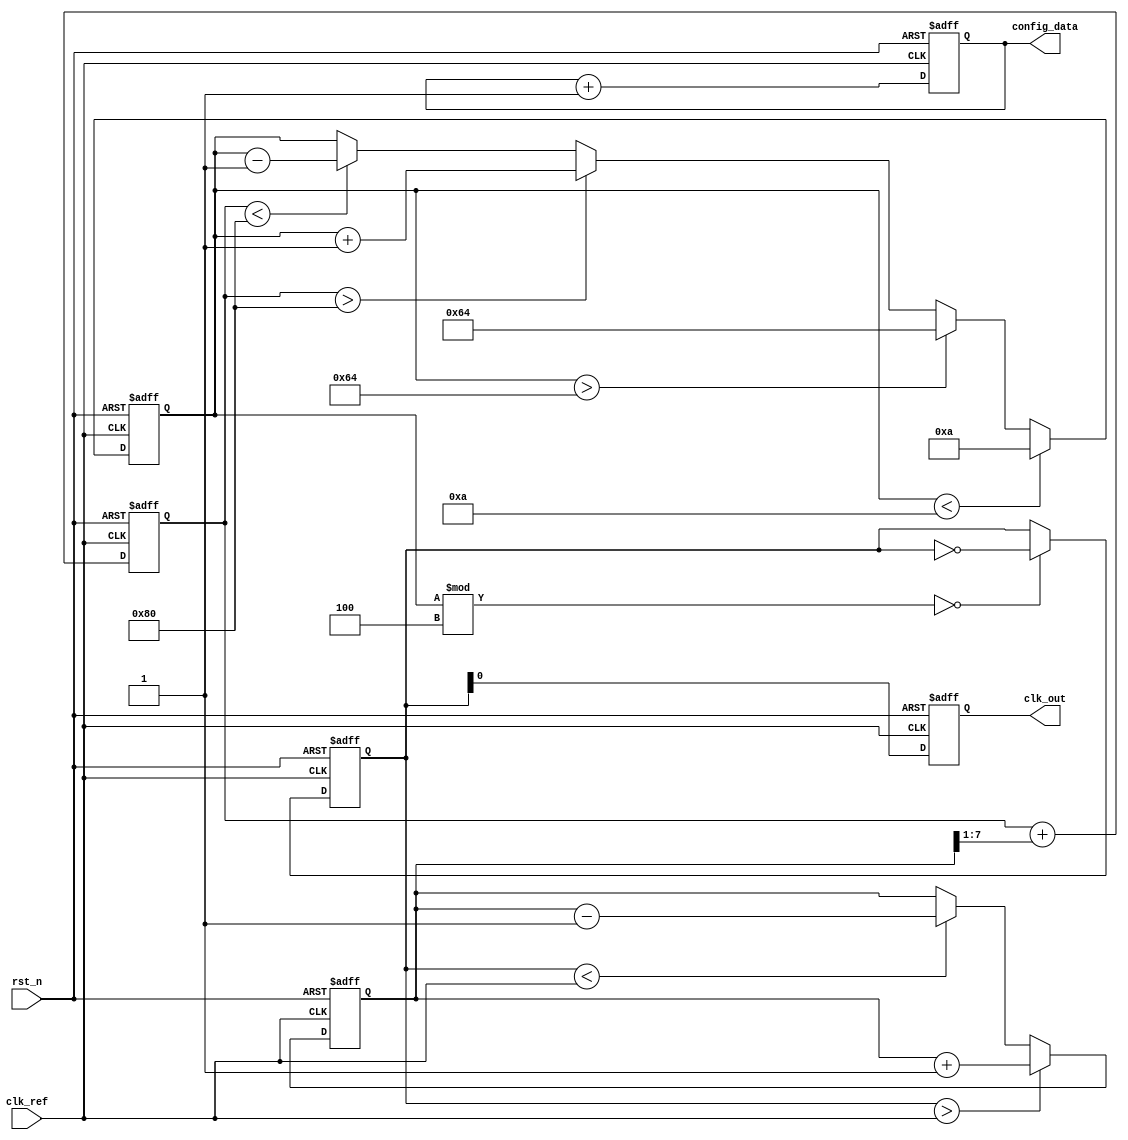
module pll (
    input wire clk_ref,           // Reference clock input
    input wire rst_n,            // Active low reset
    output reg clk_out,          // Output clock
    output reg [7:0] config_data // Configuration data for memory blocks
);

// Parameters
parameter DIV_RATIO = 4;       // Division ratio for feedback
parameter VCO_MAX_FREQ = 100;  // Max frequency for VCO
parameter VCO_MIN_FREQ = 10;    // Min frequency for VCO

// Internal signals
reg [7:0] phase_error;          // Phase error signal
reg [7:0] control_voltage;       // Control voltage for VCO
reg [7:0] vco_freq;             // Current VCO frequency
reg [7:0] feedback_clk;         // Feedback clock signal
reg [3:0] state;                // State machine for PLL operation

// Phase Detector
always @(posedge clk_ref or negedge rst_n) begin
    if (!rst_n) begin
        phase_error <= 0;
    end else begin
        // Simple phase detector logic (for illustration)
        if (feedback_clk > clk_ref) begin
            phase_error <= phase_error + 1; // VCO is leading
        end else if (feedback_clk < clk_ref) begin
            phase_error <= phase_error - 1; // VCO is lagging
        end
    end
end

// Loop Filter (Simple first-order filter)
always @(posedge clk_ref or negedge rst_n) begin
    if (!rst_n) begin
        control_voltage <= 0;
    end else begin
        control_voltage <= control_voltage + (phase_error >> 1); // Simple integration
    end
end

// Voltage-Controlled Oscillator (VCO)
always @(posedge clk_ref or negedge rst_n) begin
    if (!rst_n) begin
        vco_freq <= VCO_MIN_FREQ; // Initialize VCO frequency
    end else begin
        // Adjust VCO frequency based on control voltage
        if (control_voltage > 128) begin
            vco_freq <= vco_freq + 1; // Increase frequency
        end else if (control_voltage < 128) begin
            vco_freq <= vco_freq - 1; // Decrease frequency
        end
        // Clamp VCO frequency to max/min limits
        if (vco_freq > VCO_MAX_FREQ) vco_freq <= VCO_MAX_FREQ;
        if (vco_freq < VCO_MIN_FREQ) vco_freq <= VCO_MIN_FREQ;
    end
end

// Frequency Divider
always @(posedge clk_ref or negedge rst_n) begin
    if (!rst_n) begin
        feedback_clk <= 0;
    end else begin
        // Simple frequency divider logic
        if (vco_freq % DIV_RATIO == 0) begin
            feedback_clk <= ~feedback_clk; // Toggle feedback clock
        end
    end
end

// Output Clock Generation
always @(posedge clk_ref or negedge rst_n) begin
    if (!rst_n) begin
        clk_out <= 0;
    end else begin
        clk_out <= feedback_clk; // Output the feedback clock
    end
end

// Configuration Memory Blocks (for tuning parameters)
always @(posedge clk_ref or negedge rst_n) begin
    if (!rst_n) begin
        config_data <= 8'h00; // Initialize config data
    end else begin
        // Update configuration data based on some criteria
        // This can be expanded based on specific requirements
        config_data <= config_data + 1;
    end
end

endmodule